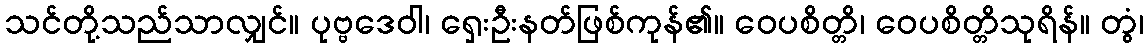
သင်တို့သည်သာလျှင်။ ပုဗ္ဗဒေဝါ၊ ရှေးဦးနတ်ဖြစ်ကုန်၏။ ဝေပစိတ္တိ၊ ဝေပစိတ္တိသုရိန်။ တွံ၊